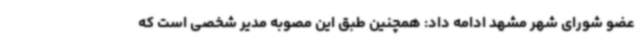
عضو شورای شهر مشهد ادامه داد: همچنین طبق این مصوبه مدیر شخصی است که